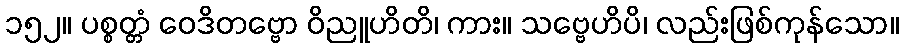
၁၅၂။ ပစ္စတ္တံ ဝေဒိတဗ္ဗော ဝိညူဟိတိ၊ ကား။ သဗ္ဗေဟိပိ၊ လည်းဖြစ်ကုန်သော။